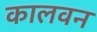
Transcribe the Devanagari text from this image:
कालवन